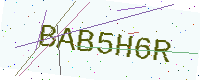
Text: BAB5H6R